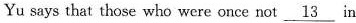
Yu says that those who were once not \underline{13} in